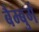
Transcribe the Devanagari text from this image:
बैम्बुर्ग